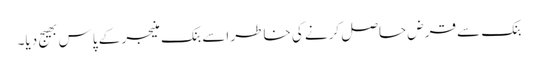
بنک سے قرض حاصل کرنے کی خاطر اسے بنک منیجر کے پاس بھیج دیا۔